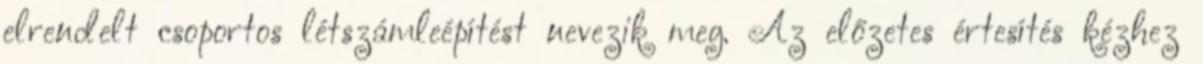
elrendelt csoportos létszámleépítést nevezik meg. Az előzetes értesítés kézhez